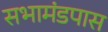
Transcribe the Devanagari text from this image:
सभामंडपास